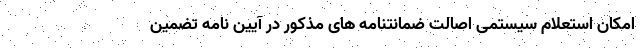
امکان استعلام سیستمی اصالت ضمانتنامه های مذکور در آیین نامه تضمین